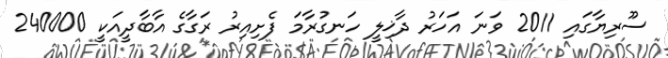
ސޫރިޔާގައި 2011 ވަނަ އަހަރު ދާޚިލީ ހަނގުރާމަ ފެށިއިރު ރަގާގެ އާބާދީއަކީ 240000